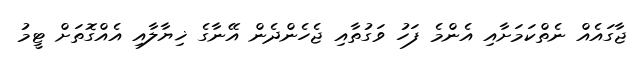
ޖާގައެއް ނެތްކަމަށާއި އެންމެ ފަހު ވަގުތާއި ޖެހެންދެން އޭނާގެ ޚިޔާލާއި އެއްގޮތަށް ޓީމު